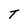
Character: T